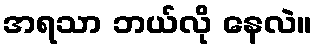
အရသာ ဘယ်လို နေလဲ။